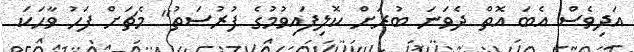
އަދިވެސް އެބަ އޮތް ދެވަނަ ބުރަށް ކޮލިފައިވުމުގެ ފުރުސަތު" މެޗަށް ފަހު ވާހަކަ